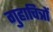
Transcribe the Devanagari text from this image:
गुहाचित्रों